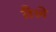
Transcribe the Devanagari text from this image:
तैले